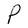
Character: P